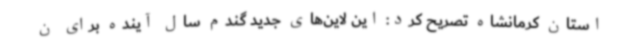
استان کرمانشاه تصریح کرد: این لاین‌های جدید گندم سال آینده برای ن